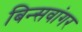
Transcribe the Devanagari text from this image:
बिन्सवांगर